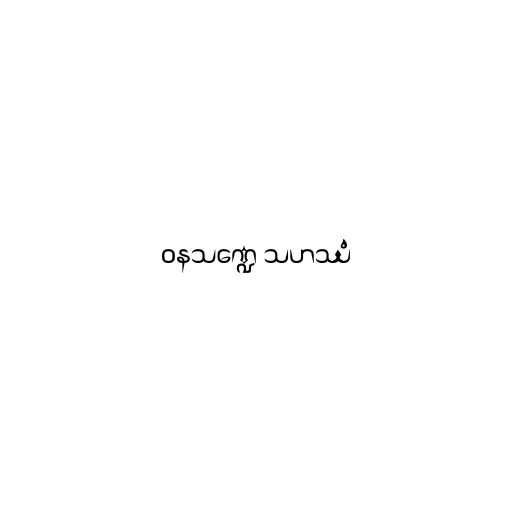
ဝနသဏ္ဍေ သဟဿံ